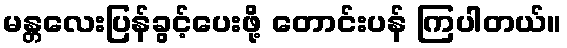
မန္တလေးပြန်ခွင့်ပေးဖို့ တောင်းပန် ကြပါတယ်။